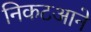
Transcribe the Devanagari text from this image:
निकटआने